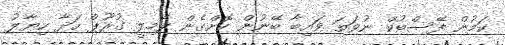
ކަމުން ފޭސްބުކް ނުވަތަ ވައިބާ ބޭނުން ކޮށްގެން ފެމިލީ ގުރޫޕް ހަދާ ހިޔާލު